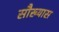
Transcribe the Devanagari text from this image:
सौख्यास